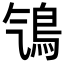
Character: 𩾻